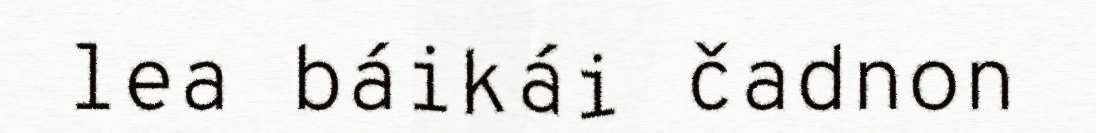
lea báikái čadnon